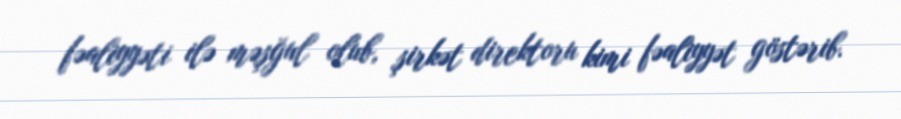
fəaliyyəti ilə məşğul olub, şirkət direktoru kimi fəaliyyət göstərib.